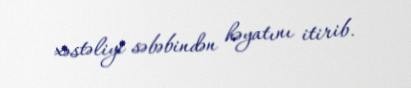
xəstəliyi səbəbindən həyatını itirib.